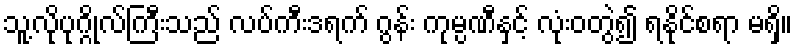
သူ့လိုပုဂ္ဂိုလ်ကြီးသည် လပ်ကီးဒရက် ဂွန်း ကုမ္ပဏီနှင့် လုံးဝတွဲ၍ ရနိုင်စရာ မရှိ။